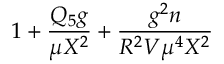
1 + { \frac { Q _ { 5 } g } { \mu X ^ { 2 } } } + { \frac { g ^ { 2 } n } { R ^ { 2 } V \mu ^ { 4 } X ^ { 2 } } }